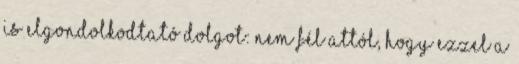
is elgondolkodtató dolgot: nem fél attól, hogy ezzel a